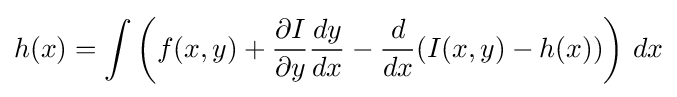
h(x)=\int \left(f(x,y)+{\partial I \over \partial y}{dy \over dx}-{d \over dx}(I(x,y)-h(x))\right)\,dx